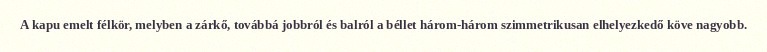
A kapu emelt félkör, melyben a zárkő, továbbá jobbról és balról a béllet három-három szimmetrikusan elhelyezkedő köve nagyobb.